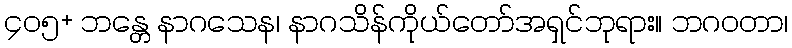
၄၀၅+ ဘန္တေ နာဂသေန၊ နာဂသိန်ကိုယ်တော်အရှင်ဘုရား။ ဘဂဝတာ၊